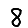
Digit: 8